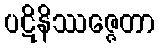
ပဋိနိဿဇ္ဇေတာ